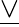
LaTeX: \underline{{\lor}}